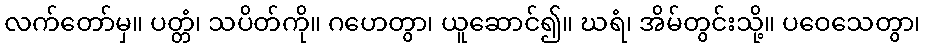
လက်တော်မှ။ ပတ္တံ၊ သပိတ်ကို။ ဂဟေတွာ၊ ယူဆောင်၍။ ဃရံ၊ အိမ်တွင်းသို့။ ပဝေသေတွာ၊